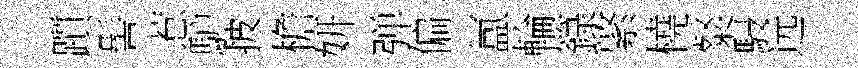
躓髻惹馿披檐妍弹偏氲輪籙綮橈粲駸远